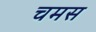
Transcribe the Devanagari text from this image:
चमस